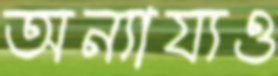
অন্যায্যও